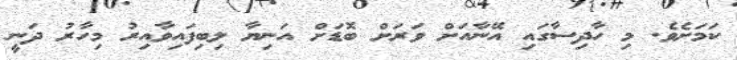
ކަމަށެވެ. މި ހާދިސާގައި އޭނާއަށް ވަރަށް ބޮޑަށް އަނިޔާ ލިބިފައިވާއިރު މިހާރު ދަނީ